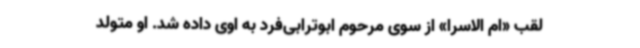
لقب «ام الاسرا» از سوی مرحوم ابوترابی‌فرد به اوی داده شد. او متولد